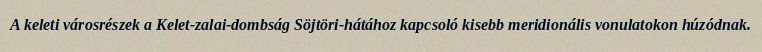
A keleti városrészek a Kelet-zalai-dombság Söjtöri-hátához kapcsoló kisebb meridionális vonulatokon húzódnak.